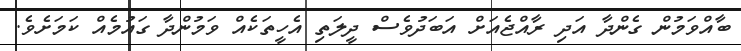
ބާއްވަމުން ގެންދާ އަދި ރާއްޖެއަށް އަބަދުވެސް ދީލަތި އެހީތަކެއް ވަމުންދާ ގައުމެއް ކަމަށެވެ.